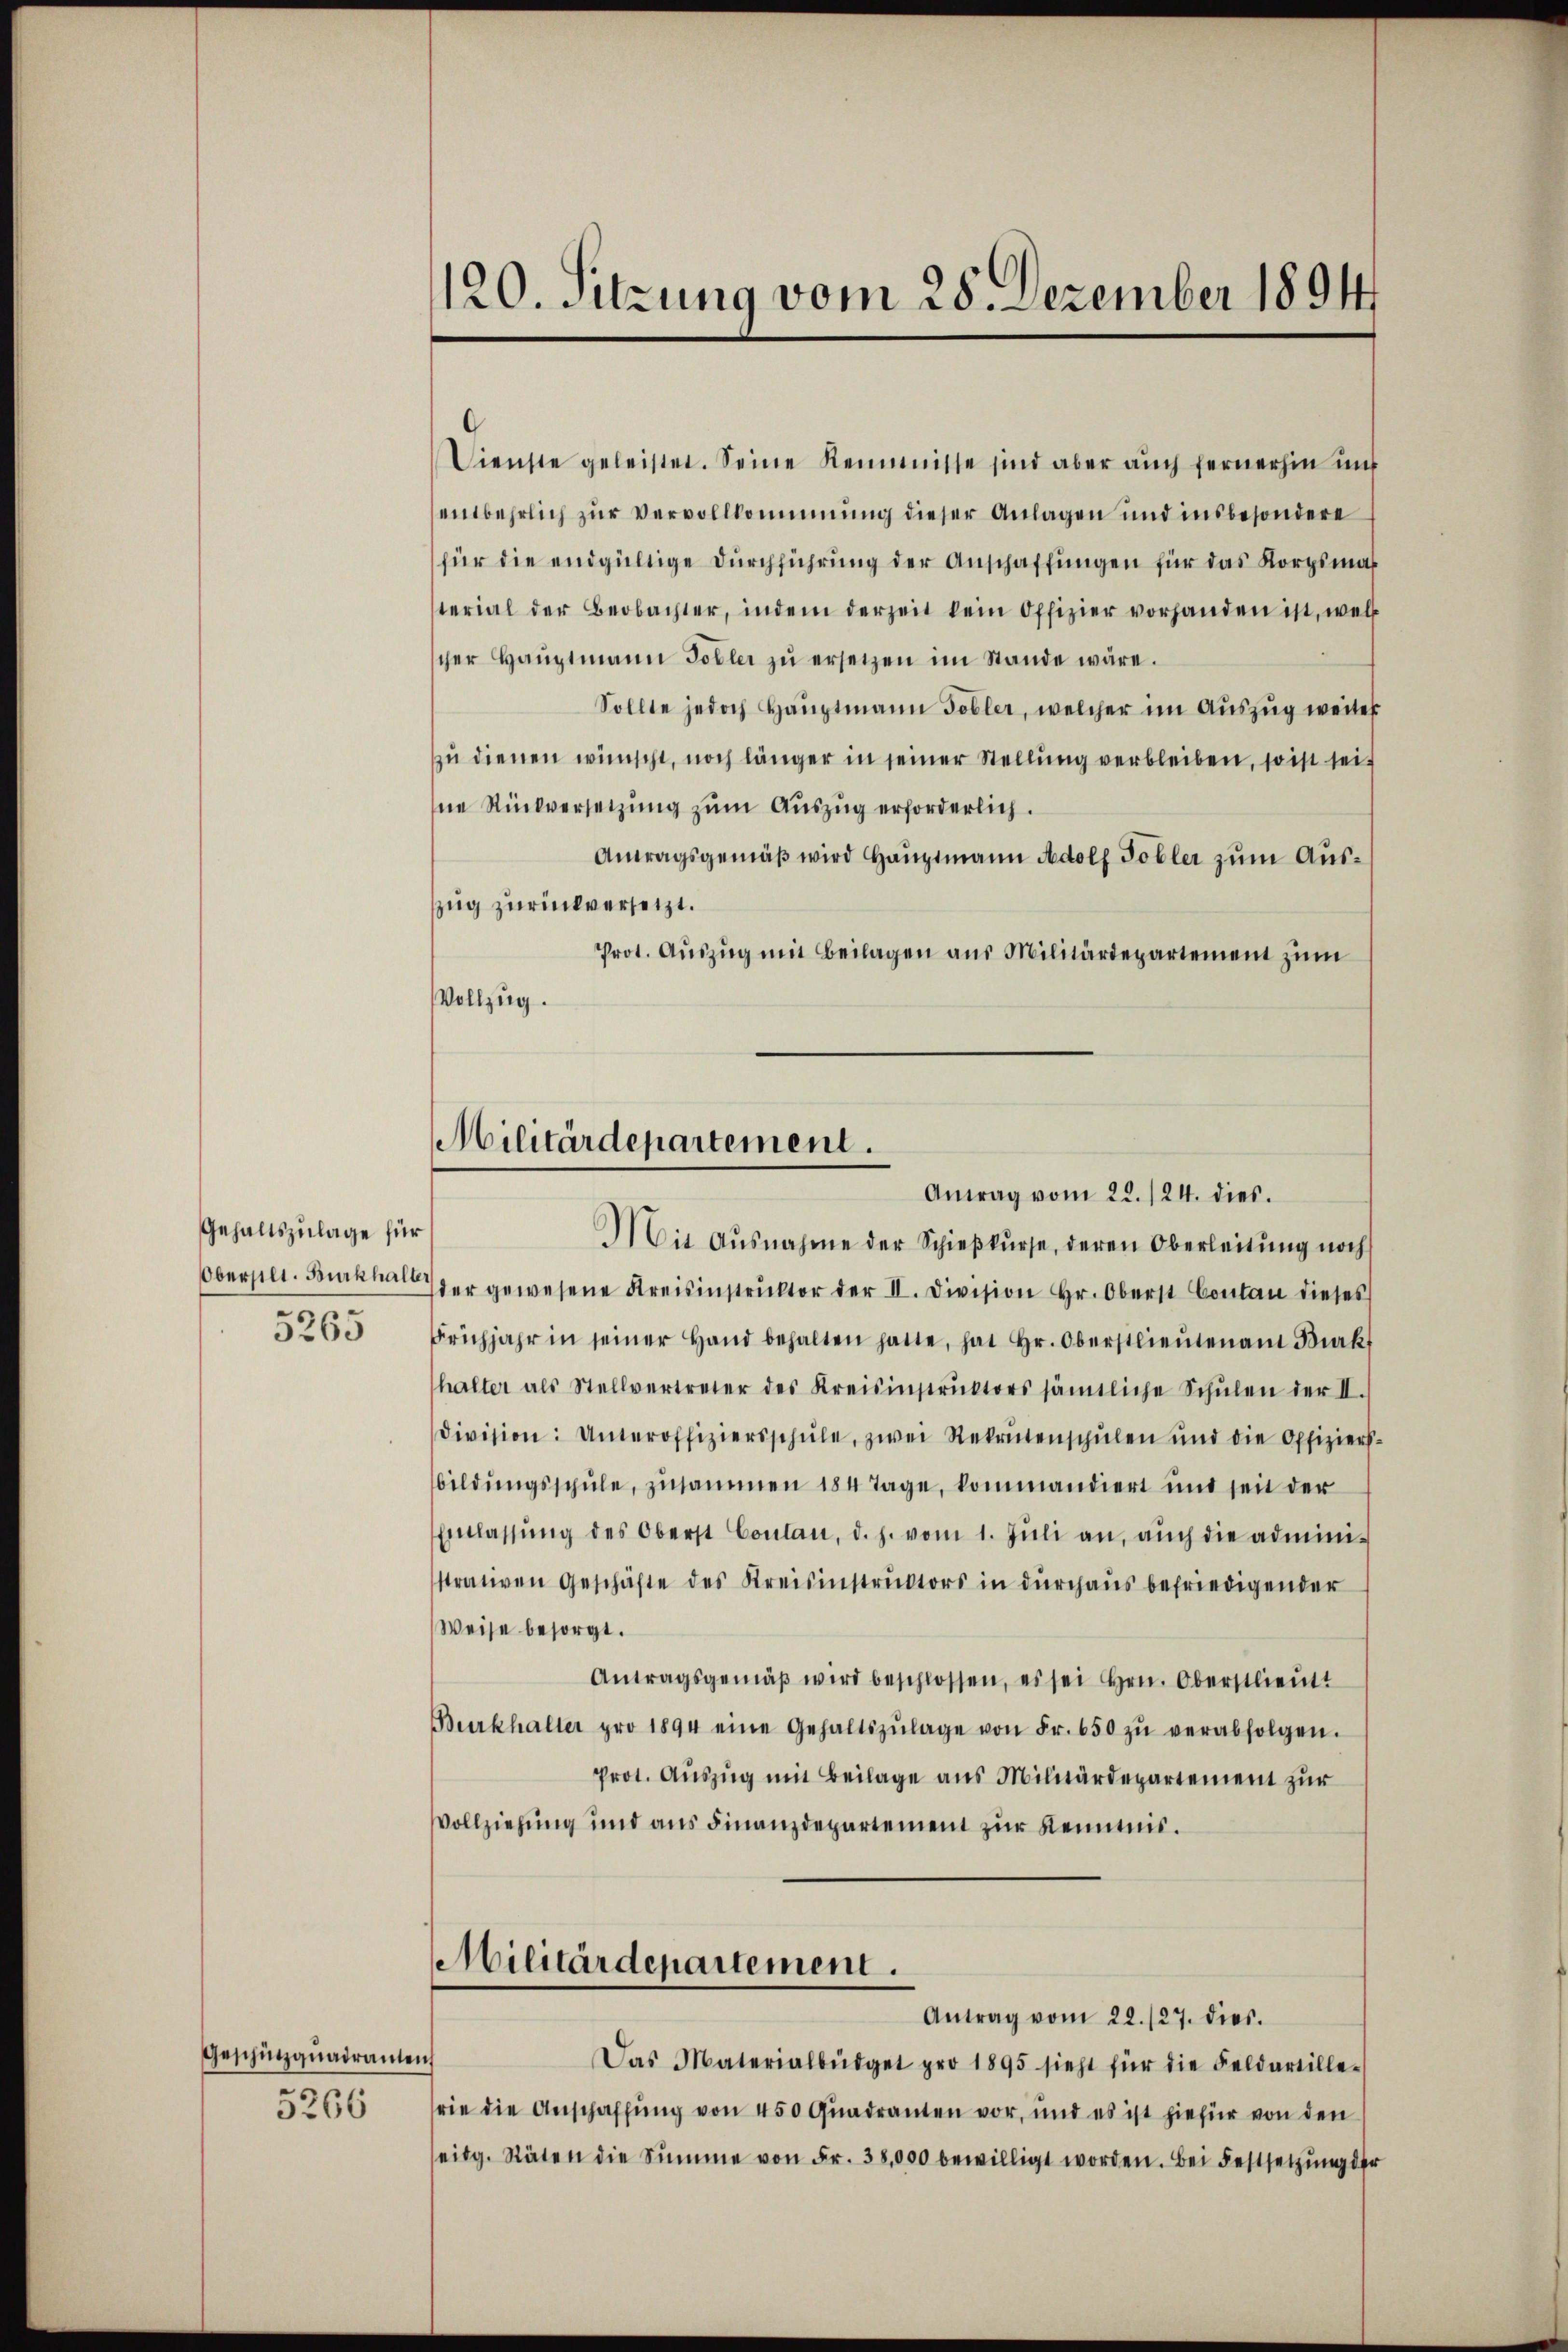
Gehaltszulage für
Obersilt. Burkhalt
5263

Geschinzquadranten
5266

120. Sitzung vom 28. Dezember 1894

Militärdepartement.
Antrag vom 22./24. dies

Dienste geleistet. Seine Reimnisse sind aber auch fernerhin uns
entbehrlich zur Vervollkommnung dieser Anlagen und insbesondere
für die endgültige Durchführung der Anschaffungen für das Korpsmaß
sterial der Beobachter, indem derzeit kein Offizier vorhanden ist, wel
scher Haŭptmann Tobler zŭ ersetzen im Stande wäre.
Sollte jedoch Hauptmann Tobler, welcher im Auszug weiter
zu dienen wünscht, noch länger in seiner Stellung verbleiben, so ist seit
ne Rückversetzung zum Auszug erforderlich.
Antragsgemäß wird Hauptmann Adolf Tobler zum Auszug zurückversetzt.
Prot. Aŭszŭg mit Beilagen aus Militärdepartement zum
Vollzug.
Mit Ausnahme der Schieβkŭrse, deren Oberleitŭng noch
der gewesene Kreisinstrŭktor der II. Division Hr. Oberst Contan dieses
Frühjahr in seiner Hand behalten hatte, hat Hr. Oberstlieutenamt Diak
halter als Stellvertreter des Kreisinstrŭktors sämtliche Schŭlen der II.
Division: Unteroffiziersschŭle, zwei Rekrutenschŭlen und die Offiziers-
bildŭngsschŭle, zusammen 184 Tage, kommandiert und seit der
Einlassŭng des Oberst Coulan, d. h. vom 1. Jŭli an, aŭch die admini-
strativen Geschäfte des Kreisinstrŭktors in dŭrchaŭs befriedigender
Weise besorgt.
Antragsgemäβ wird beschlossen, es sei hrn. Oberstlieutt
Burkhalter pro 1894 eine Gehaltszŭlage von Fr. 650 zŭ verabfolgen.
Prot. Auszug mit Beilage aus Militärdepartement zur
Vollziehung und aus Finanzdepartement zur Kenntnis.
Militärdepartement.
Antrag vom 22./27. dies.
Das Materialbüdget pro 1895 sieht für die Feldartille-
rie die Anschaffung von 450 Quadranten vor, und es ist hiefür von den
seitg. Räten die Summe von Fr. 38,000 bewilligt worden. Bei Festsetzŭng der